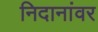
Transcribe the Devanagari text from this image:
निदानांवर